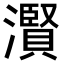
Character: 𤂐